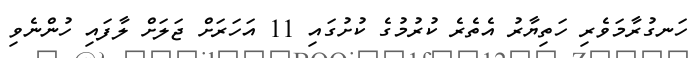
ހަނގުރާމަވެރި ހަތިޔާރު އެތެރެ ކުރުމުގެ ކުށުގައި 11 އަހަރަށް ޖަލަށް ލާފައި ހުންނެވި